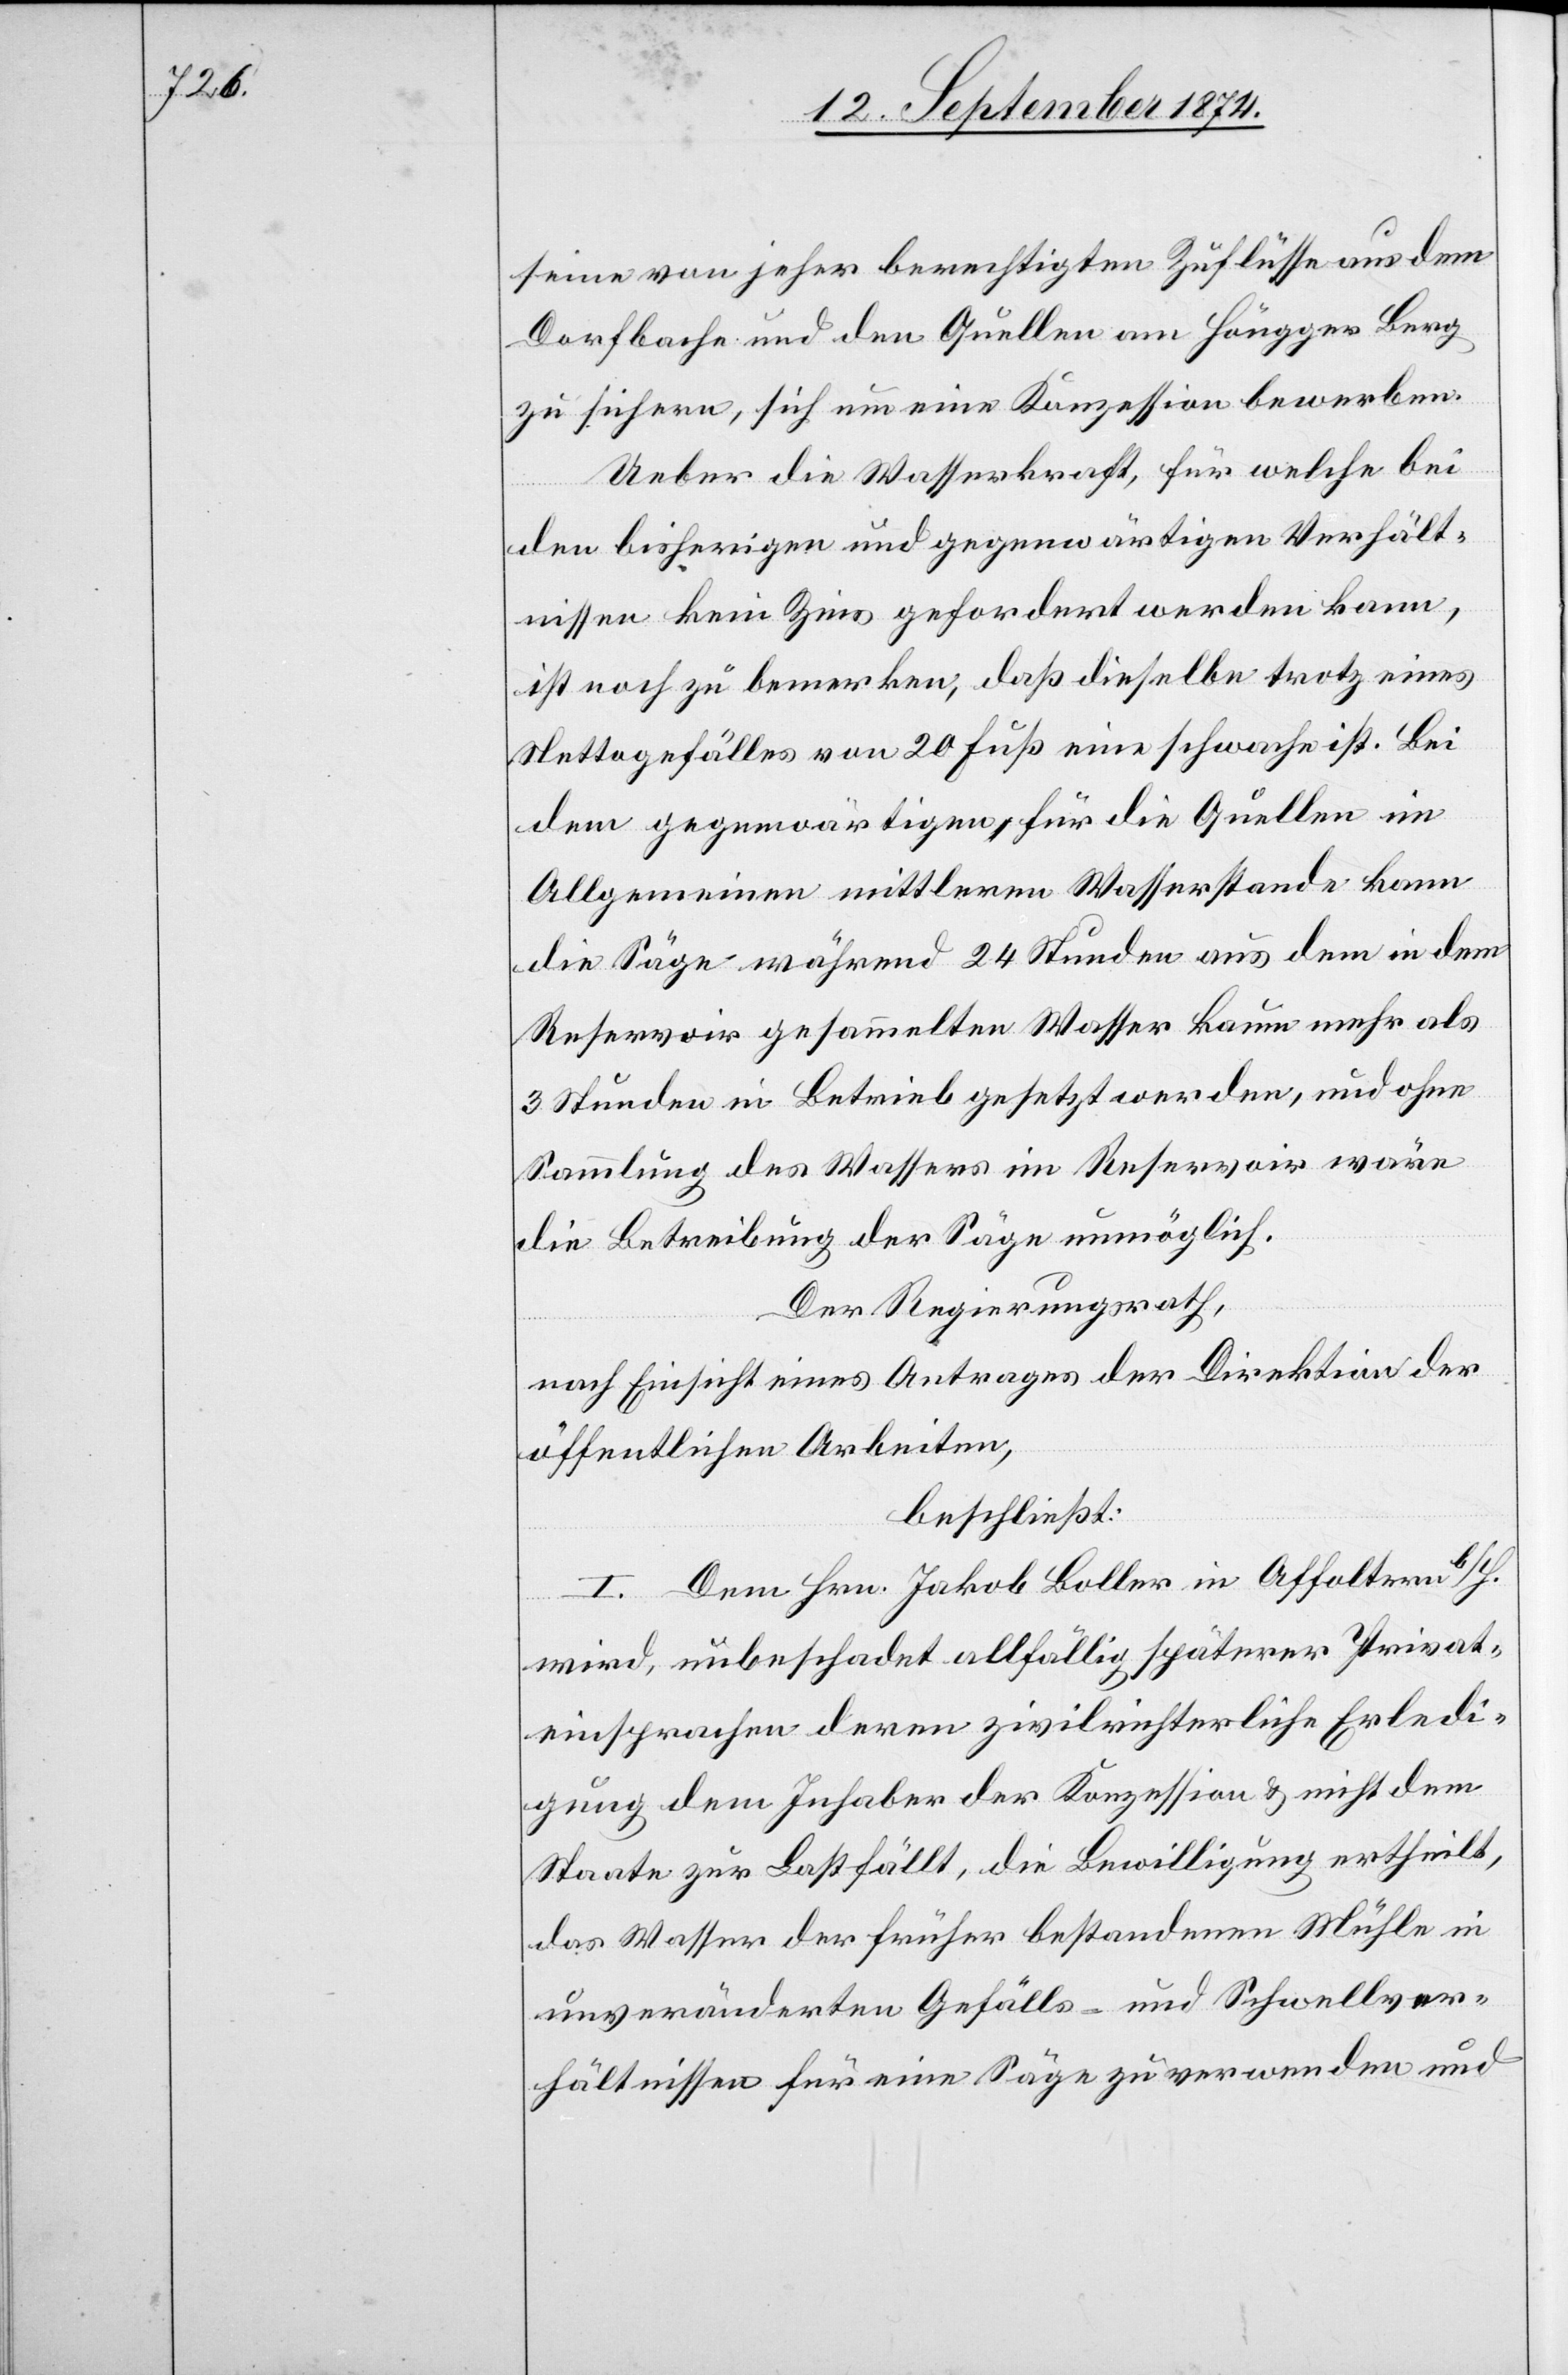
seine von jeher berechtigten Zuflüsse aus dem
Dorfbache und den Quellen am Höngger Berg
zu sichern, sich um eine Konzession bewerben.
Ueber die Wasserkraft, für welche bei
den bisherigen und gegenwärtigen Verhält¬
nissen kein Zins gefordert werden kann,
ist noch zu bemerken, daß dieselbe trotz eines
Nettogefälles von 20 Fuß eine schwache ist. Bei
dem gegenwärtigen für die Quellen im
Allgemeinen mittleren Wasserstande kann
die Säge während 24 Stunden aus dem in dem
Reservoir gesammelten Wasser kaum mehr als
3 Stunden in Betrieb gesetzt werden, und ohne
Sammlung des Wassers im Reservoir wäre
die Betreibung der Säge unmöglich.
Der Regierungsrath,
nach Einsicht eines Antrages der Direktion der
öffentlichen Arbeiten,
beschließt:
I. Dem Hrn. Jakob Boller in Affoltern b/H.
wird, unbeschadet allfällig späterer Privat¬
einsprachen deren zivilrichterliche Erledi¬
gung dem Inhaber der Konzession & nicht dem
Staate zur Last fällt, die Bewilligung ertheilt,
das Wasser der früher bestandenen Mühle in
unveränderten Gefälls- und Schwellver¬
hältnissen für eine Säge zu verwenden und